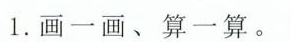
1.画一画、算一算。